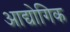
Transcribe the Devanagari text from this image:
आद्योगिक